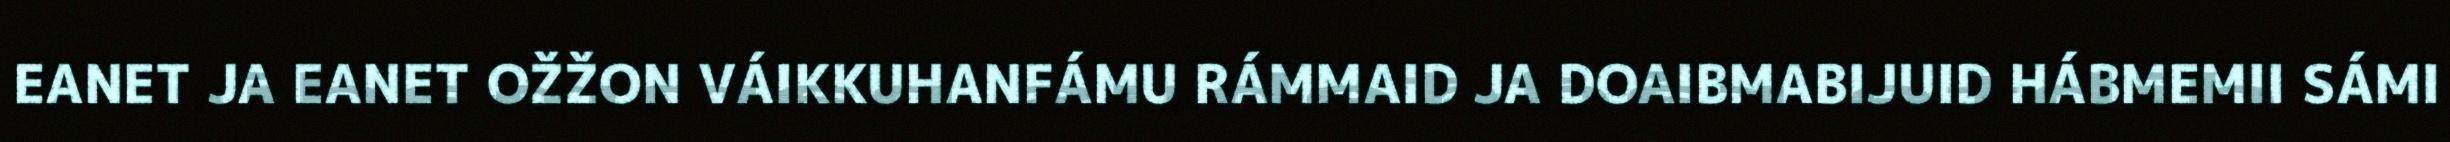
EANET JA EANET OŽŽON VÁIKKUHANFÁMU RÁMMAID JA DOAIBMABIJUID HÁBMEMII SÁMI